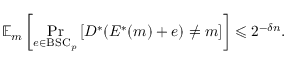
\mathbb { E } _ { m } \left[ \operatorname* { P r } _ { e \in { \mathrm { B S C } } _ { p } } \left[ D ^ { * } ( E ^ { * } ( m ) + e ) \neq m \right] \right] \leqslant 2 ^ { - \delta n } .